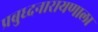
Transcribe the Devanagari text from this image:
प्रबुध्दनारायणाला